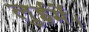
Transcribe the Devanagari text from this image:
लुईमें।